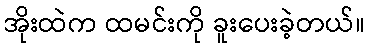
အိုးထဲက ထမင်းကို ခူးပေးခဲ့တယ်။